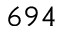
6 9 4